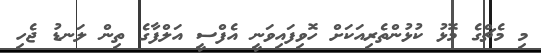
މި މެޗްގެ މޮޅު ކުޅުންތެރިއަކަށް ހޮވިފައިވަނީ އެފްސީ އަލްފާގެ ތިން ލަނޑު ޖެހި